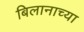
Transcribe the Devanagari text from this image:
बिलानाच्या